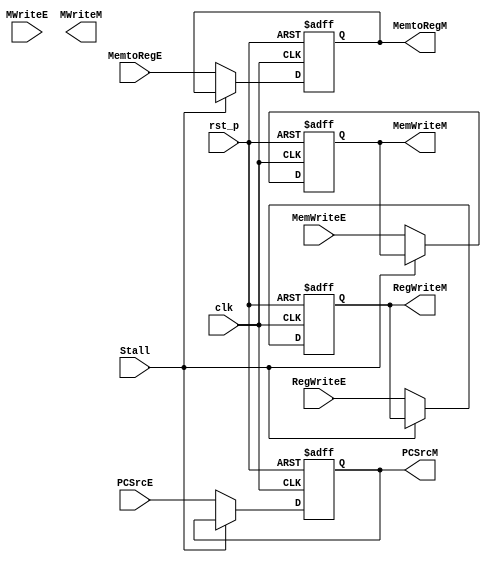
module ResgisterE2M_Cond (
    input clk,
    input rst_p,
    // input refresh,
    input Stall,

    input PCSrcE,
    input RegWriteE,
    input MemWriteE,
    input MemtoRegE,
    input MWriteE,
    // input [31:0] ALUResultE,
    // input [31:0] WriteDataE,
    // input [3:0] A3_addrE,

    output PCSrcM,
    output RegWriteM,
    output MemWriteM,
    output MemtoRegM,
    output MWriteM

    
    // output [31:0] ALUResultM,
    // output [31:0] WriteDataM,
    // output [3:0] A3_addrM
);
    
    reg PCSrc_reg;
    reg RegWrite_reg;
    reg MemWrite_reg;
    reg MemtoReg_reg;
    // reg [31:0] ALUResult_reg;
    // reg [31:0] WriteData_reg;
    // reg [3:0] A3_addr_reg;
    
    always @(posedge clk or posedge rst_p) begin
        if(rst_p)   begin
            PCSrc_reg <= 1'd0;
            RegWrite_reg <= 1'd0;
            MemWrite_reg <= 1'd0;
            MemtoReg_reg <= 1'b0;
            // ALUResult_reg <= 32'd0;
            // WriteData_reg <= 32'd0;
            // A3_addr_reg <= 4'd0;
        end
        // else if(refresh)    begin
        //     PCSrc_reg <= 1'd0;
        //     RegWrite_reg <= 1'd0;
        //     MemWrite_reg <= 1'd0;
        //     MemtoReg_reg <= 1'b0;
        //     // ALUResult_reg <= 32'd0;
        //     // WriteData_reg <= 32'd0;
        //     // A3_addr_reg <= 4'd0;
        // end
        else if(Stall)  begin
            PCSrc_reg <= PCSrc_reg;
            RegWrite_reg <= RegWrite_reg;
            MemWrite_reg <= MemWrite_reg;
            MemtoReg_reg <= MemtoReg_reg;
        end
        else    begin
            PCSrc_reg <= PCSrcE;
            RegWrite_reg <= RegWriteE;
            MemWrite_reg <= MemWriteE;
            MemtoReg_reg <= MemtoRegE;
            // ALUResult_reg <= ALUResultE;
            // WriteData_reg <= WriteDataE;
            // A3_addr_reg <= A3_addrE;
        end
    end
    
    assign PCSrcM = PCSrc_reg;
    assign RegWriteM = RegWrite_reg;
    assign MemWriteM = MemWrite_reg;
    assign MemtoRegM = MemtoReg_reg;
    // assign ALUResultM = ALUResult_reg;
    // assign WriteDataM = WriteData_reg;
    // assign A3_addrM = A3_addr_reg;
endmodule